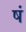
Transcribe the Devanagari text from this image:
षं